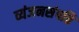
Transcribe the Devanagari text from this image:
व्यंजनसंपत्ति